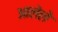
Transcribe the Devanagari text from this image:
अालेले